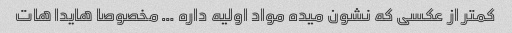
کمتر از عکسی که نشون میده مواد اولیه داره … مخصوصا هایدا هات